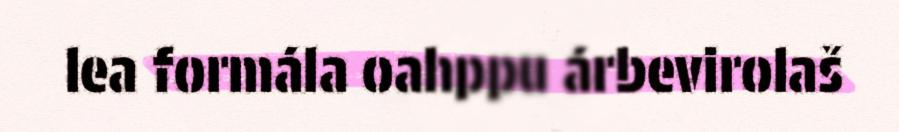
lea formála oahppu árbevirolaš